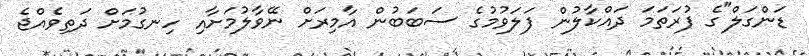
ޑަންގަލް"ގެ ފުރަތަމަ ދައްކާލުން ފަލަވުމުގެ ސަބަބުން އާމިރަށް ނޭވާލުމަށާއި ހިނގުމަށް ދަތިވެއްޖެ